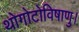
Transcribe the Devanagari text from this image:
थोगोटोविषाणु।